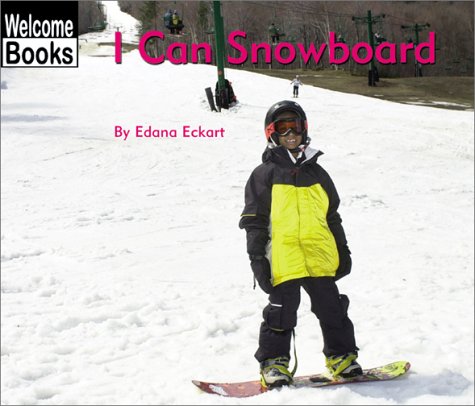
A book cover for I Can Snowboard (Welcome Books: Sports); Edana Eckart; Sports & Outdoors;